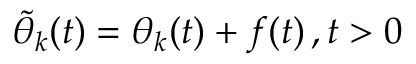
\begin{array} { r } { \tilde { \theta } _ { k } ( t ) = \theta _ { k } ( t ) + f ( t ) \, , t > 0 \, } \end{array}